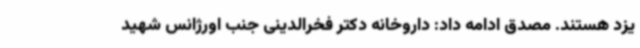
یزد هستند. مصدق ادامه داد: داروخانه دکتر فخرالدینی جنب اورژانس شهید